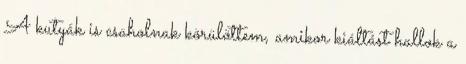
A kutyák is csaholnak körülöttem, amikor kiáltást hallok a